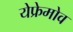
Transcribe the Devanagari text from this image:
येफ्रेमोव